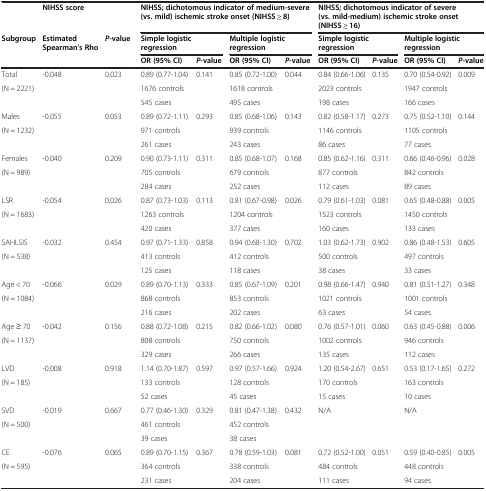
<table><thead><tr><td></td><td><b>NIHSS score</b></td><td></td><td colspan="4"><b>NIHSS; dichotomous indicator of medium-severe (vs. mild) ischemic stroke onset (NIHSS ≥ 8)</b></td><td colspan="4"><b>NIHSS; dichotomous indicator of severe (vs. mild-medium) ischemic stroke onset (NIHSS ≥ 16)</b></td></tr><tr><td rowspan="2"><b>Subgroup</b></td><td rowspan="2"><b>Estimated Spearman’s Rho</b></td><td rowspan="2"><b><i>P</i>-value</b></td><td colspan="2"><b>Simple logistic regression</b></td><td colspan="2"><b>Multiple logistic regression</b></td><td colspan="2"><b>Simple logistic regression</b></td><td colspan="2"><b>Multiple logistic regression</b></td></tr><tr><td><b>OR (95% CI)</b></td><td><b><i>P</i>-value</b></td><td><b>OR (95% CI)</b></td><td><b><i>P</i>-value</b></td><td><b>OR (95% CI)</b></td><td><b><i>P</i>-value</b></td><td><b>OR (95% CI)</b></td><td><b><i>P</i>-value</b></td></tr></thead><tbody><tr><td>Total</td><td>-0.048</td><td>0.023</td><td>0.89 (0.77-1.04)</td><td>0.141</td><td>0.85 (0.72-1.00)</td><td>0.044</td><td>0.84 (0.66-1.06)</td><td>0.135</td><td>0.70 (0.54-0.92)</td><td>0.009</td></tr><tr><td>(N = 2221)</td><td></td><td></td><td>1676 controls</td><td></td><td>1618 controls</td><td></td><td>2023 controls</td><td></td><td>1947 controls</td><td></td></tr><tr><td></td><td></td><td></td><td>545 cases</td><td></td><td>495 cases</td><td></td><td>198 cases</td><td></td><td>166 cases</td><td></td></tr><tr><td>Males</td><td>-0.055</td><td>0.053</td><td>0.89 (0.72-1.11)</td><td>0.293</td><td>0.85 (0.68-1.06)</td><td>0.143</td><td>0.82 (0.58-1.17)</td><td>0.273</td><td>0.75 (0.52-1.10)</td><td>0.144</td></tr><tr><td>(N = 1232)</td><td></td><td></td><td>971 controls</td><td></td><td>939 controls</td><td></td><td>1146 controls</td><td></td><td>1105 controls</td><td></td></tr><tr><td></td><td></td><td></td><td>261 cases</td><td></td><td>243 cases</td><td></td><td>86 cases</td><td></td><td>77 cases</td><td></td></tr><tr><td>Females</td><td>-0.040</td><td>0.209</td><td>0.90 (0.73-1.11)</td><td>0.311</td><td>0.85 (0.68-1.07)</td><td>0.168</td><td>0.85 (0.62-1.16)</td><td>0.311</td><td>0.66 (0.46-0.96)</td><td>0.028</td></tr><tr><td>(N = 989)</td><td></td><td></td><td>705 controls</td><td></td><td>679 controls</td><td></td><td>877 controls</td><td></td><td>842 controls</td><td></td></tr><tr><td></td><td></td><td></td><td>284 cases</td><td></td><td>252 cases</td><td></td><td>112 cases</td><td></td><td>89 cases</td><td></td></tr><tr><td>LSR</td><td>-0.054</td><td>0.026</td><td>0.87 (0.73-1.03)</td><td>0.113</td><td>0.81 (0.67-0.98)</td><td>0.026</td><td>0.79 (0.61-1.03)</td><td>0.081</td><td>0.65 (0.48-0.88)</td><td>0.005</td></tr><tr><td>(N = 1683)</td><td></td><td></td><td>1263 controls</td><td></td><td>1204 controls</td><td></td><td>1523 controls</td><td></td><td>1450 controls</td><td></td></tr><tr><td></td><td></td><td></td><td>420 cases</td><td></td><td>377 cases</td><td></td><td>160 cases</td><td></td><td>133 cases</td><td></td></tr><tr><td>SAHLSIS</td><td>-0.032</td><td>0.454</td><td>0.97 (0.71-1.33)</td><td>0.858</td><td>0.94 (0.68-1.30)</td><td>0.702</td><td>1.03 (0.62-1.73)</td><td>0.902</td><td>0.86 (0.48-1.53)</td><td>0.605</td></tr><tr><td>(N = 538)</td><td></td><td></td><td>413 controls</td><td></td><td>412 controls</td><td></td><td>500 controls</td><td></td><td>497 controls</td><td></td></tr><tr><td></td><td></td><td></td><td>125 cases</td><td></td><td>118 cases</td><td></td><td>38 cases</td><td></td><td>33 cases</td><td></td></tr><tr><td>Age &lt; 70</td><td>-0.066</td><td>0.029</td><td>0.89 (0.70-1.13)</td><td>0.333</td><td>0.85 (0.67-1.09)</td><td>0.201</td><td>0.98 (0.66-1.47)</td><td>0.940</td><td>0.81 (0.51-1.27)</td><td>0.348</td></tr><tr><td>(N = 1084)</td><td></td><td></td><td>868 controls</td><td></td><td>853 controls</td><td></td><td>1021 controls</td><td></td><td>1001 controls</td><td></td></tr><tr><td></td><td></td><td></td><td>216 cases</td><td></td><td>202 cases</td><td></td><td>63 cases</td><td></td><td>54 cases</td><td></td></tr><tr><td>Age ≥ 70</td><td>-0.042</td><td>0.156</td><td>0.88 (0.72-1.08)</td><td>0.215</td><td>0.82 (0.66-1.02)</td><td>0.080</td><td>0.76 (0.57-1.01)</td><td>0.060</td><td>0.63 (0.45-0.88)</td><td>0.006</td></tr><tr><td>(N = 1137)</td><td></td><td></td><td>808 controls</td><td></td><td>750 controls</td><td></td><td>1002 controls</td><td></td><td>946 controls</td><td></td></tr><tr><td></td><td></td><td></td><td>329 cases</td><td></td><td>266 cases</td><td></td><td>135 cases</td><td></td><td>112 cases</td><td></td></tr><tr><td>LVD</td><td>-0.008</td><td>0.918</td><td>1.14 (0.70-1.87)</td><td>0.597</td><td>0.97 (0.57-1.66)</td><td>0.924</td><td>1.20 (0.54-2.67)</td><td>0.651</td><td>0.53 (0.17-1.65)</td><td>0.272</td></tr><tr><td>(N = 185)</td><td></td><td></td><td>133 controls</td><td></td><td>128 controls</td><td></td><td>170 controls</td><td></td><td>163 controls</td><td></td></tr><tr><td></td><td></td><td></td><td>52 cases</td><td></td><td>45 cases</td><td></td><td>15 cases</td><td></td><td>10 cases</td><td></td></tr><tr><td>SVD</td><td>-0.019</td><td>0.667</td><td>0.77 (0.46-1.30)</td><td>0.329</td><td>0.81 (0.47-1.38)</td><td>0.432</td><td>N/A</td><td></td><td>N/A</td><td></td></tr><tr><td>(N = 500)</td><td></td><td></td><td>461 controls</td><td></td><td>452 controls</td><td></td><td></td><td></td><td></td><td></td></tr><tr><td></td><td></td><td></td><td>39 cases</td><td></td><td>38 cases</td><td></td><td></td><td></td><td></td><td></td></tr><tr><td>CE</td><td>-0.076</td><td>0.065</td><td>0.89 (0.70-1.15)</td><td>0.367</td><td>0.78 (0.59-1.03)</td><td>0.081</td><td>0.72 (0.52-1.00)</td><td>0.051</td><td>0.59 (0.40-0.85)</td><td>0.005</td></tr><tr><td>(N = 595)</td><td></td><td></td><td>364 controls</td><td></td><td>338 controls</td><td></td><td>484 controls</td><td></td><td>448 controls</td><td></td></tr><tr><td></td><td></td><td></td><td>231 cases</td><td></td><td>204 cases</td><td></td><td>111 cases</td><td></td><td>94 cases</td><td></td></tr></tbody></table>